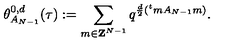
\theta _ { A _ { N - 1 } } ^ { 0 , d } ( \tau ) : = \sum _ { m \in { \bf Z } ^ { N - 1 } } q ^ { \frac { d } { 2 } ( { } ^ { t } m A _ { N - 1 } m ) } .